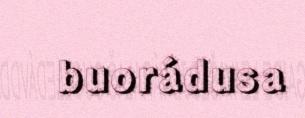
buorádusa